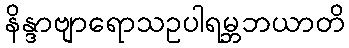
နိန္ဒာဗျာရောသဥပါရမ္ဘဘယာတိ